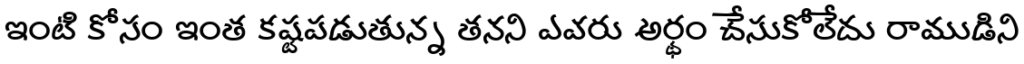
ఇంటి కోసం ఇంత కష్టపడుతున్న తనని ఎవరు అర్థం చేసుకోలేదు రాముడిని